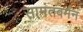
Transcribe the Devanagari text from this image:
सामंतवर्मन